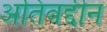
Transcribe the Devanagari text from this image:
अतिवद्दीन